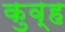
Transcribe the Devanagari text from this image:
कुव्ह